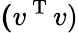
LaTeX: \mathbf(v^{\mathrm{~T~}}v)